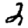
Digit: 2